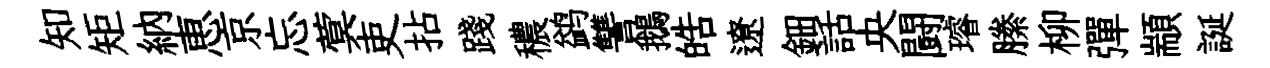
知矩納恵京忘蓂吏拈踐穠鹢讐鵝皓遼鈿話央闘璿縢柳彈顓誕